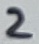
Text: 2